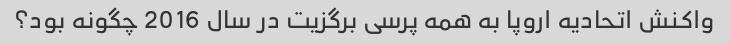
واکنش اتحادیه اروپا به همه پرسی برگزیت در سال 2016 چگونه بود؟